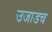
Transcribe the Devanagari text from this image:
उजाडच